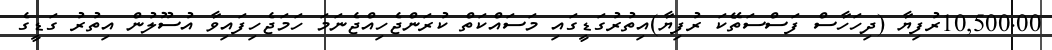
10